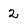
Character: 2